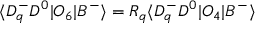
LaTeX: \langle D _ { q } ^ { - } D ^ { 0 } | O _ { 6 } | B ^ { - } \rangle = R _ { q } \langle D _ { q } ^ { - } D ^ { 0 } | O _ { 4 } | B ^ { - } \rangle